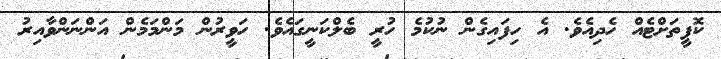
ކޮފީތަށްޓެއް ހެދިއެވެ. އެ ހިފައިގެން ނުކުމެ ހުރީ ބެލްކަނީގައެވެ. ހަވީރުން މަންމަމެން އަންނަންވާއިރު